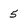
Character: 5